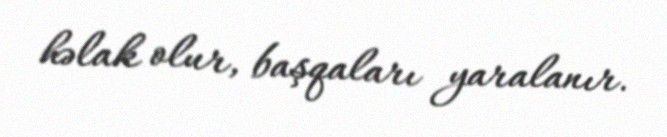
həlak olur, başqaları yaralanır.